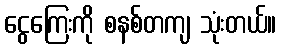
ငွေကြေးကို စနစ်တကျ သုံးတယ်။